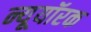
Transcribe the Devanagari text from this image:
न्यूयॉरक